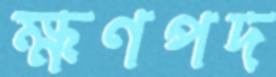
ক্ষণপদ